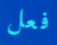
فعل